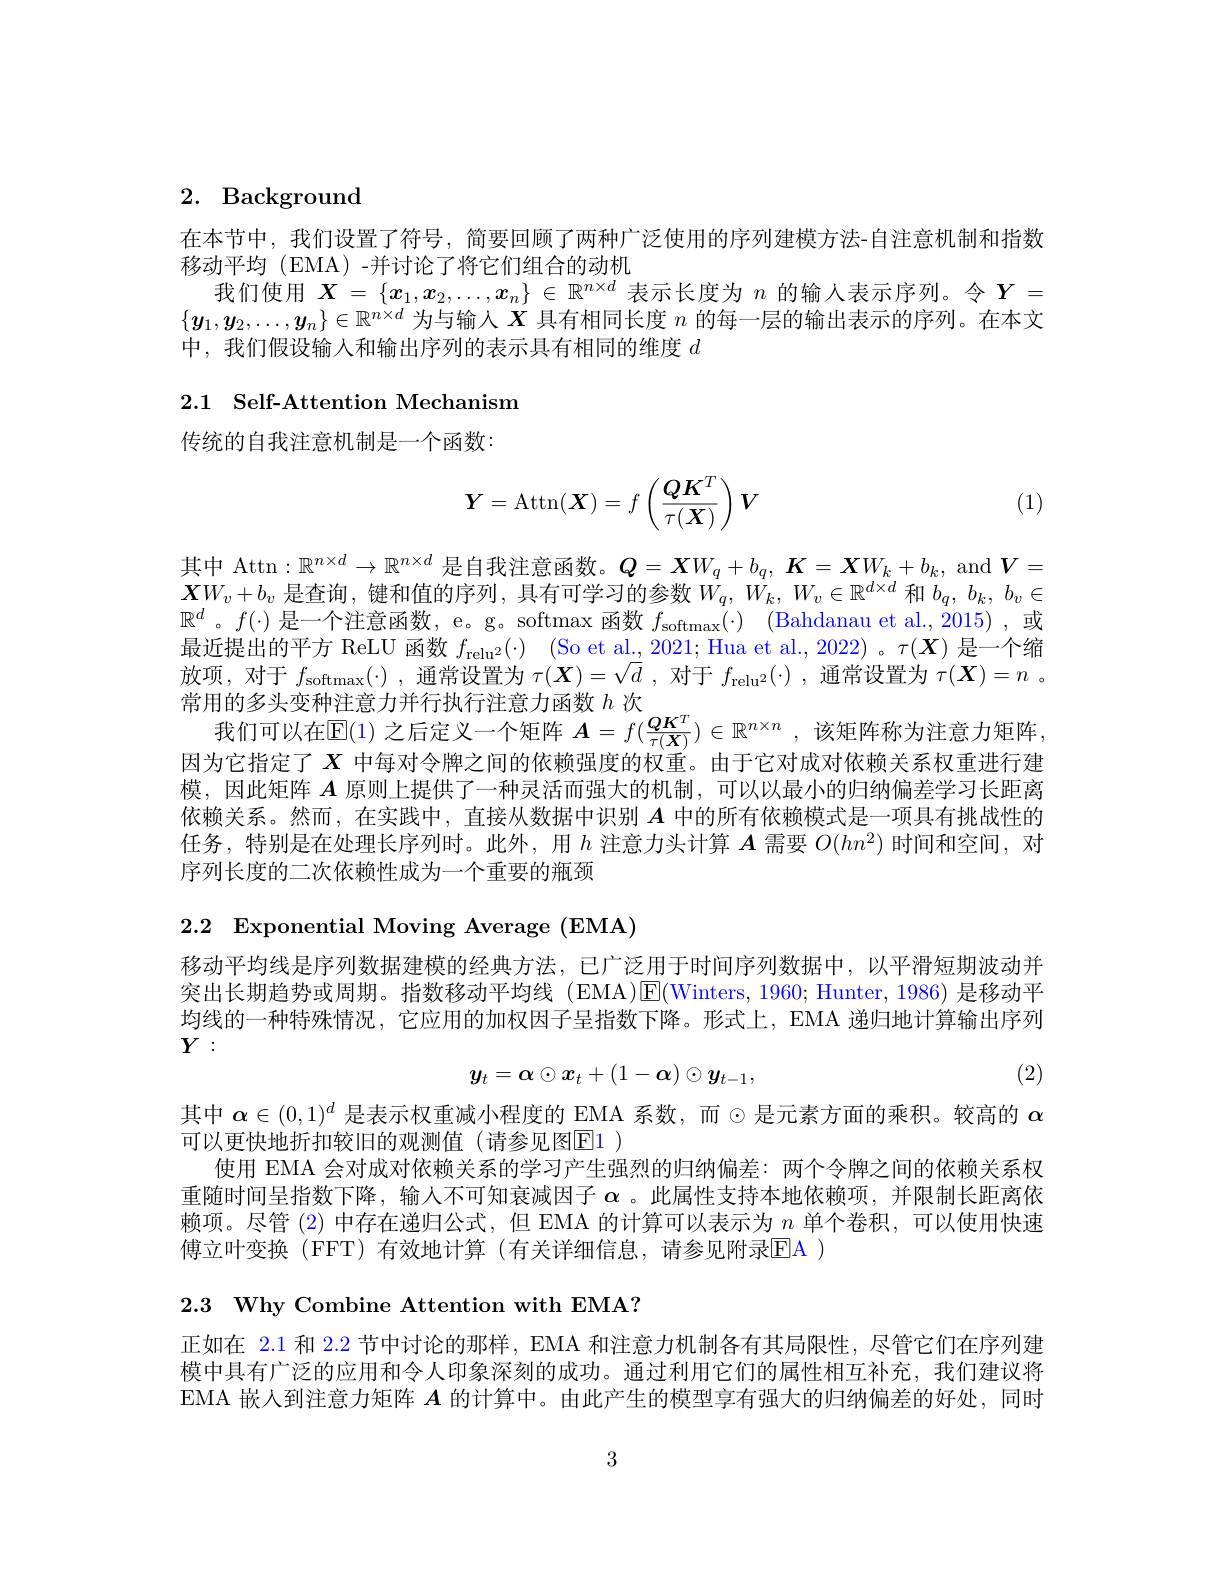
## 2. Background

在本节中，我们设置了符号，简要回顾了两种广泛使用的序列建模方法-自注意机制和指数
移动平均(EMA)-并讨论了将它们组合的动机
我们使用$X=\{x_1,x_2,\ldots,x_n\}\in\mathbb{R}^{n\times d}$表示长度为$n$的输人表示序列。令$Y=$ $\{y_1,y_2,\ldots,y_n\}\in\mathbb{R}^{n\times d}$为与输入$X$具有相同长度$n$的每一层的输出表示的序列。在本文中，我们假设输入和输出序列的表示具有相同的维度$d$

# 2.1 Self-Attention Mechanism

传统的自我注意机制是一个函数：

(1)
$$\boldsymbol{Y}=\operatorname{Attn}(\boldsymbol{X})=f\left(\frac{\boldsymbol{Q}\boldsymbol{K}^T}{\tau(\boldsymbol{X})}\right)\boldsymbol{V}$$
其中 Attn$:\mathbb{R}^n\times d\to\mathbb{R}^{n\times d}$是自我注意函数。$\boldsymbol Q=\boldsymbol XW_q+b_q,\boldsymbol{K}=\boldsymbol{X}W_k+b_k$, and $\boldsymbol V=$ $\boldsymbol{X}W_v+b_v$是查询，键和值的序列，具有可学习的参数$W_q,W_k,W_v\in\mathbb{R}^d\times d$和$b_q,b_k,b_v\in$ $\mathbb{R}^d$ 。$f(\cdot)$是一个注意函数，e。g。softmax 函数$f_\text{softmax}( \cdot )$ (Bahdanau et al.,$\dot{2}015)$ ,或最近提出的平方 ReLU 函数$f_{\mathrm{relu}^2}( \cdot )$ (So et al.,2021; Hua et al.,2022) 。$\tau(\boldsymbol{X})$是一个缩放项，对于$f_\mathrm{softmax}(\cdot)$ ,通常设置为$\tau(\boldsymbol{X})=\sqrt d$ ,对于$f_\mathrm{relu^2}(\cdot)$ ,通常设置为$\tau(\boldsymbol{X})=n$ 。常用的多头变种注意力并行执行注意力函数$h$次 。
我们可以在$\mathbb{E}(1)$之后定义一个矩阵$\boldsymbol{A}=f(\frac{Q\boldsymbol{K}^T}{\tau(\boldsymbol{X})})\in\mathbb{R}^{n\times n}$,该矩阵称为注意力矩阵因为它指定了$X$中每对令牌之间的依赖强度的权重。由于它对成对依赖关系权重进行建模，因此矩阵$A$原则上提供了一种灵活而强大的机制，可以以最小的归纳偏差学习长距离依赖关系。然而，在实践中，直接从数据中识别$A$中的所有依赖模式是一项具有挑战性的任务，特别是在处理长序列时。此外，用$h$注意力头计算$A$需要$O(hn^2)$时间和空间，对序列长度的二次依赖性成为一个重要的瓶颈

2.2 Exponential Moving Average (EMA)

移动平均线是序列数据建模的经典方法，已广泛用于时间序列数据中，以平滑短期波动并突出长期趋势或周期。指数移动平均线 (EMA)$\mathsf{E}($Winters,1960;Hunter,1986) 是移动平均线的一种特殊情况，它应用的加权因子呈指数下降。形式上，EMA 递归地计算输出序列$Y:$
$$y_t=\alpha\odot x_t+(1-\alpha)\odot y_{t-1},$$
(2)

其中$\boldsymbol{\alpha}\in(0,1)^d$是表示权重减小程度的 EMA 系数，而$\odot$是元素方面的乘积。较高的$\alpha$
可以更快地折扣较旧的观测值(请参见图E1)
使用 EMA 会对成对依赖关系的学习产生强烈的归纳偏差：两个令牌之间的依赖关系权重随时间呈指数下降，输人不可知衰减因子$\alpha$ 。此属性支持本地依赖项，并限制长距离依赖项。尽管 (2)中存在递归公式，但 EMA 的计算可以表示为$n$单个卷积，可以使用快速傅立叶变换 (FFT)有效地计算 (有关详细信息，请参见附录EA )

2.3 Why Combine Attention with EMA?

正如在 2.1 和 2.2 节中讨论的那样，EMA 和注意力机制各有其局限性，尽管它们在序列建模中具有广泛的应用和令人印象深刻的成功。通过利用它们的属性相互补充，我们建议将EMA 嵌人到注意力矩阵$A$的计算中。由此产生的模型享有强大的归纳偏差的好处，同时

3